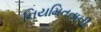
નિયમિતતાની